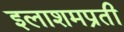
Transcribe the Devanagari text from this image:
इलाशमप्रती